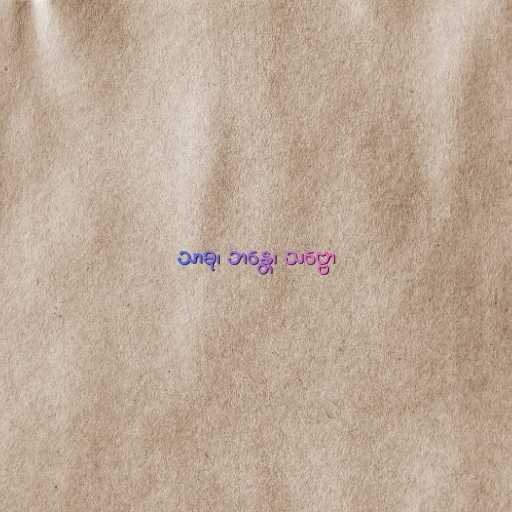
သာဓု၊ ဘန္တေ၊ သဗ္ဗော